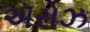
ઍરોઝ